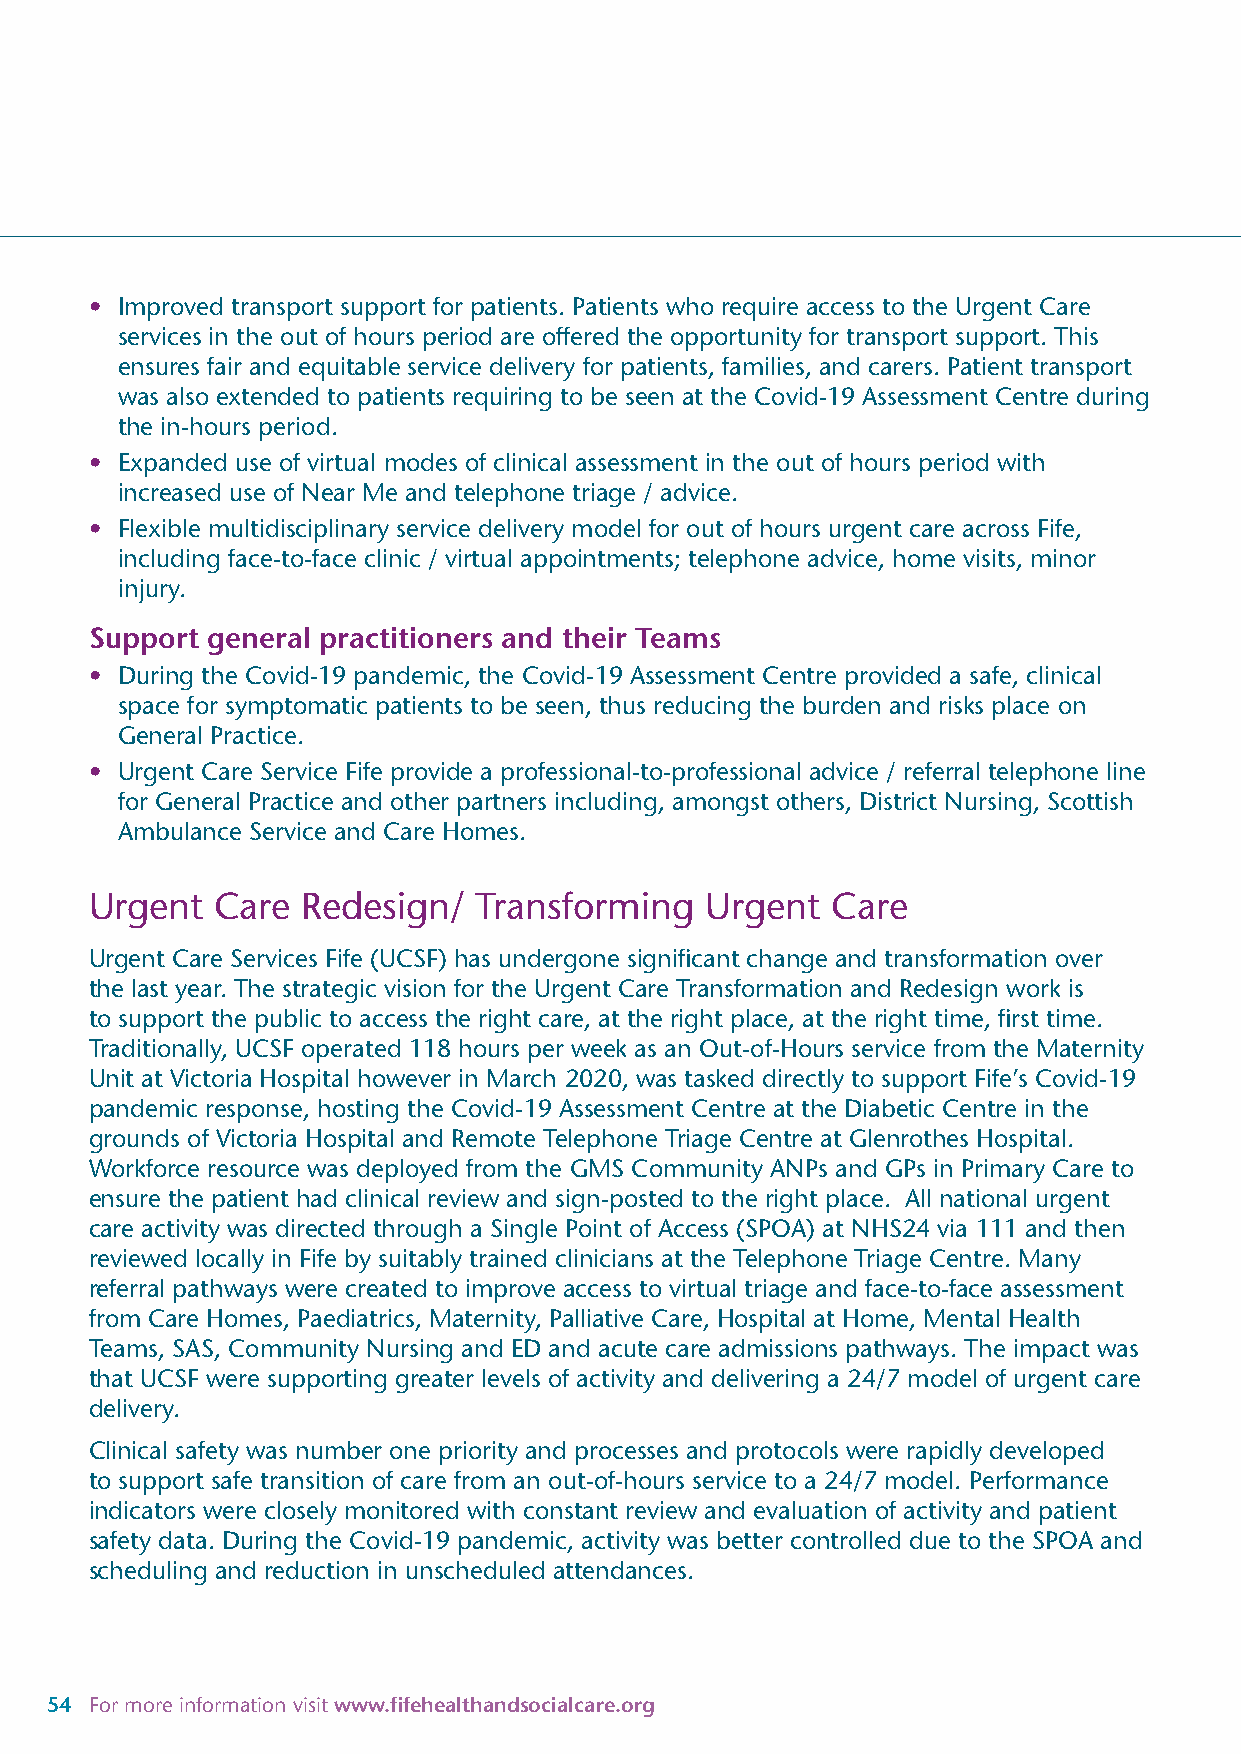
• Improved transport support for patients. Patients who require access to the Urgent Care
 services in the out of hours period are offered the opportunity for transport support. This
 ensures fair and equitable service delivery for patients, families, and carers. Patient transport
 was also extended to patients requiring to be seen at the Covid-19 Assessment Centre during
 the in-hours period.
 • Expanded use of virtual modes of clinical assessment in the out of hours period with
 increased use of Near Me and telephone triage / advice.
 • Flexible multidisciplinary service delivery model for out of hours urgent care across Fife,
 including face-to-face clinic / virtual appointments; telephone advice, home visits, minor
 injury.
 Support general practitioners and their Teams
 • During the Covid-19 pandemic, the Covid-19 Assessment Centre provided a safe, clinical
 space for symptomatic patients to be seen, thus reducing the burden and risks place on
 General Practice.
 • Urgent Care Service Fife provide a professional-to-professional advice / referral telephone line
 for General Practice and other partners including, amongst others, District Nursing, Scottish
 Ambulance Service and Care Homes.
 Urgent  Care  Redesign/   Transforming   Urgent  Care
 Urgent Care Services Fife (UCSF) has undergone significant change and transformation over
 the last year. The strategic vision for the Urgent Care Transformation and Redesign work is
 to support the public to access the right care, at the right place, at the right time, first time.
 Traditionally, UCSF operated 118 hours per week as an Out-of-Hours service from the Maternity
 Unit at Victoria Hospital however in March 2020, was tasked directly to support Fife’s Covid-19
 pandemic response, hosting the Covid-19 Assessment Centre at the Diabetic Centre in the
 grounds of Victoria Hospital and Remote Telephone Triage Centre at Glenrothes Hospital.
 Workforce resource was deployed from the GMS Community ANPs and GPs in Primary Care to
 ensure the patient had clinical review and sign-posted to the right place. All national urgent
 care activity was directed through a Single Point of Access (SPOA) at NHS24 via 111 and then
 reviewed locally in Fife by suitably trained clinicians at the Telephone Triage Centre. Many
 referral pathways were created to improve access to virtual triage and face-to-face assessment
 from Care Homes, Paediatrics, Maternity, Palliative Care, Hospital at Home, Mental Health
 Teams, SAS, Community Nursing and ED and acute care admissions pathways. The impact was
 that UCSF were supporting greater levels of activity and delivering a 24/7 model of urgent care
 delivery.
 Clinical safety was number one priority and processes and protocols were rapidly developed
 to support safe transition of care from an out-of-hours service to a 24/7 model. Performance
 indicators were closely monitored with constant review and evaluation of activity and patient
 safety data. During the Covid-19 pandemic, activity was better controlled due to the SPOA and
 scheduling and reduction in unscheduled attendances.
 54 For more information visit www.fifehealthandsocialcare.org